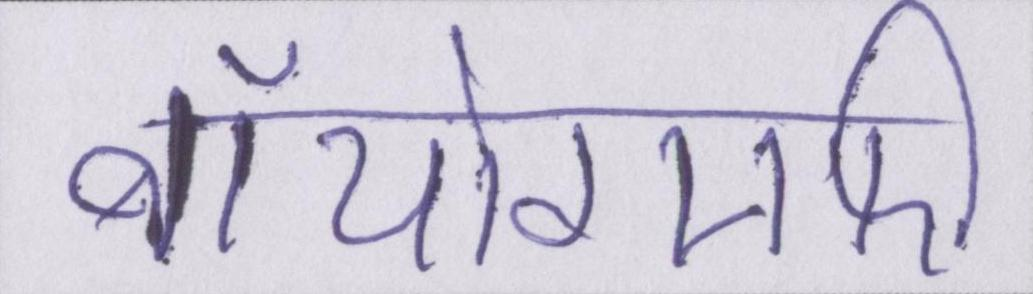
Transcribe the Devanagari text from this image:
बॉयोग्राफी